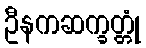
ဦနကဆက္ခတ္တုံ